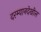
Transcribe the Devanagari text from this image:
दरम्यानदेखील